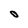
Character: O